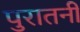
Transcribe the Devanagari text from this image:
पुरातनी